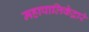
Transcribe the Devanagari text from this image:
महापालिकेद्वारे